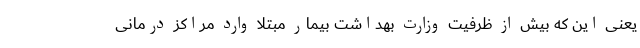
یعنی این که بیش از ظرفیت وزارت بهداشت بیمار مبتلا وارد مراکز درمانی